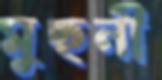
মুছনী